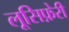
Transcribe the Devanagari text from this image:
लूसिफ़ेरी